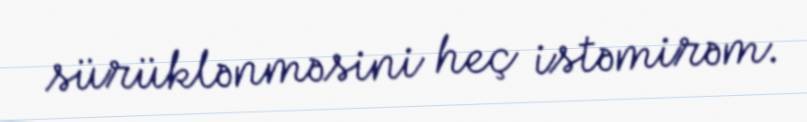
sürüklənməsini heç istəmirəm.